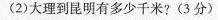
(2)大理到昆明有多少千米?(3分)